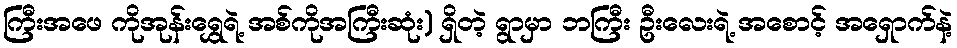
ကြီးအဖေ ကိုအုန်းရွှေရဲ့ အစ်ကိုအကြီးဆုံး) ရှိတဲ့ ရွာမှာ ဘကြီး ဦးလေးရဲ့ အစောင့် အရှောက်နဲ့